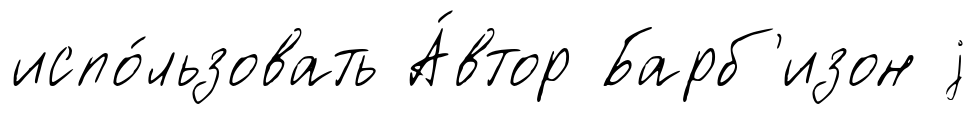
испо́льзовать А́втор Барб'изон j